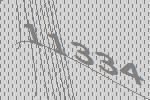
11334